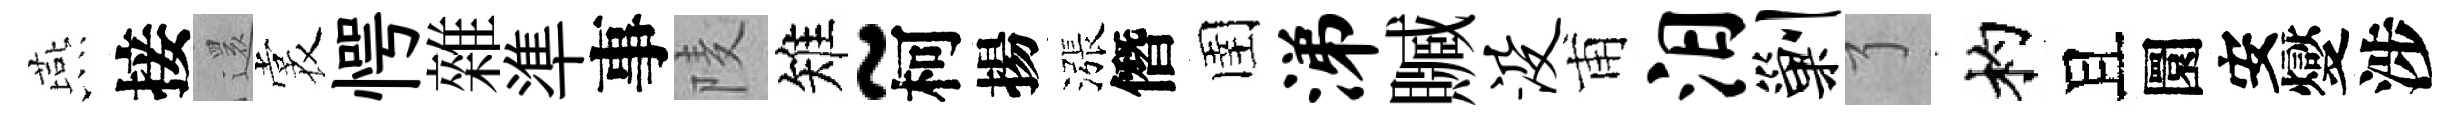
燕接𮟃裳愕雜準事𨹧雉~柯揚漲僭圉涕贓没甫汨剿了杓且圜安燮涉